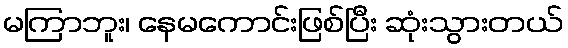
မကြာဘူး၊ နေမကောင်းဖြစ်ပြီး ဆုံးသွားတယ်